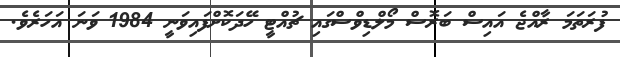
ފުރަތަމަ ރާއްޖެ އައިސް ބަރޮސް މޯލްޑިވްސްގައި ޗުއްޓީ ހޭދަކޮށްފައިވަނީ 1984 ވަނަ އަހަރެވެ.